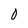
Character: O